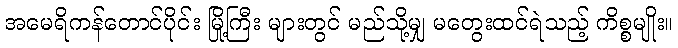
အမေရိကန်တောင်ပိုင်း မြို့ကြီး များတွင် မည်သို့မျှ မတွေးထင်ရဲသည့် ကိစ္စမျိုး။